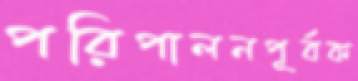
পরিপালনপূর্বক